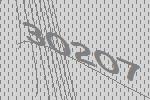
30207